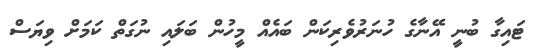
ޓައިގާ ބުނީ އޭނާގެ ހުނަރުވެރިކަން ބައެއް މީހުން ބަލައި ނުގަތް ކަމަށް ވިޔަސް